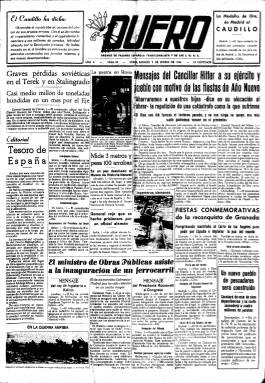
Título: Duero (Soria)
Colección: Periódicos
Ámbito geográfico: Soria
Lugar de publicación: Soria
Fechas: 02/01/1943-28/10/1945

Diario de información general de la Falange Española Tradicionalista y de las JONS, el partido único del llamado Movimiento Nacional, que se publicó en la provincia de Soria durante tres años, desde finales de 1942 a últimos de 1945, coincidiendo con la II Guerra Mundial y la derrota alemana ante las potencias aliadas. Fue la continuación del periódico soriano Labor, otra publicación falangista.

   La primera página del diario daba información sobre la marcha de la guerra, al igual que la última en numerosas ocasiones, por lo que primaba la información internacional muchas veces sobre el contenido nacional e incluso el local.

   La publicación tuvo 4 y 8 páginas, según la disponibilidad de papel y la cantidad de material informativo disponible, y contenía alguna información gráfica: fotografía y grabados. De destacar son los recuadros de primera página con frases de José Antonio Primo de Rivera, el fundador de Falange, o de destacados miembros del partido, así como el amplio espacio dedicado a los discursos y actividad del jefe del Estado, el general Franco, ‘El Caudillo’ como era normalmente designado.

   La segunda página por lo general estaba dedicada a la información sobre la ciudad de Soria y su provincia, predominando los contenidos agrarios y ganaderos.

    El último número del diario se publicó el 28 de octubre de 1945. En un recuadro de la primera página se anuncia la toma de posesión del nuevo director del periódico, Enrique Laborde Vallverdú, pero a continuación se informa de que se suspende la publicación por unos días, hasta primeros de noviembre, para llevar a cabo una reorganización de los servicios ‘que harán de Duero el periódico que Soria merece’.

  Lo cierto es que el diario como tal no volvió a aparecer y lo hizo en su lugar La Voz de Castilla, otro periódico de la cadena del Movimiento Nacional que se editaba en Burgos y tenía delegación en Soria, pero prácticamente la provincia soriana se quedó sin prensa.

  La II Guerra Mundial acababa de terminar con la derrota de Alemania, Italia y Japón y España quedó al margen de los organismos internacionales y de la ayuda a Europa. Se produjo una situación de aislamiento y de autarquía económica que puede explicar que durante un tiempo la prensa sufriera la falta de materias primas.

   Enrique Laborde y Vallverdú, nacido en 1918 en Linares (Jaén) y muerto en 2002, fue escritor además de periodista. Entre sus obras figuran ‘Historias de bichos’ y ‘La primera academia española del humor’.

[Descripción publicada el 17/08/2022]